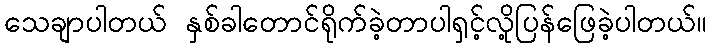
သေချာပါတယ် နှစ်ခါတောင်ရိုက်ခဲ့တာပါရှင့်လို့ပြန်ဖြေခဲ့ပါတယ်။